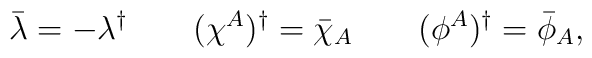
\bar \lambda = -\lambda^{\dagger} \qquad (\chi^A)^{\dagger} = \bar\chi_A \qquad (\phi^A)^{\dagger} = \bar\phi_A,